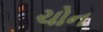
ચોન